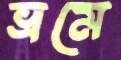
ভ্রমে